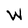
Character: W